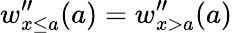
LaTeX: w_{x\leq a}^{\prime\prime}(a)=w_{x>a}^{\prime\prime}(a)